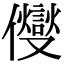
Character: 𠑄